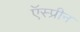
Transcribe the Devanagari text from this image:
ऍस्प्रीन